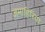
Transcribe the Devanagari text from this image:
जमाहिरिया